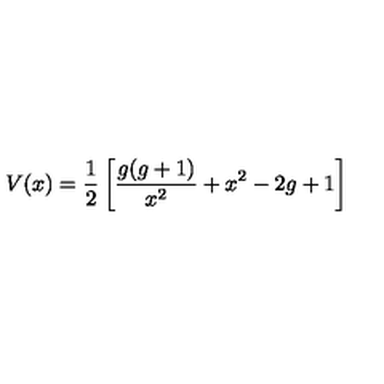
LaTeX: V ( x ) = { \frac { 1 } { 2 } } \left[ \frac { g ( g + 1 ) } { x ^ { 2 } } + x ^ { 2 } - 2 g + 1 \right]